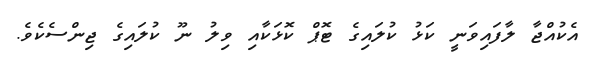
އެކުއްޖާ ލާފައިވަނީ ކަޅު ކުލައިގެ ޓޮޕް ކޮޅަކާއި ވިލު ނޫ ކުލައިގެ ޖިންސެކެވެ.